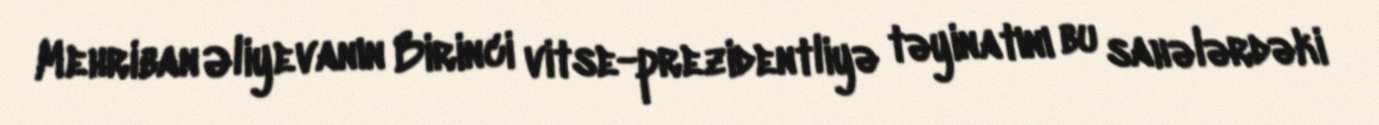
Mehriban Əliyevanın Birinci vitse-prezidentliyə təyinatını bu sahələrdəki